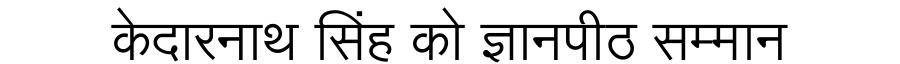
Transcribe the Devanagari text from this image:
केदारनाथ सिंह को ज्ञानपीठ सम्मान